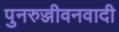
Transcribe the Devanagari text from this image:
पुनरुज्जीवनवादी